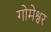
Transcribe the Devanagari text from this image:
गोमेश्वर